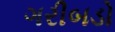
ગરીબડો